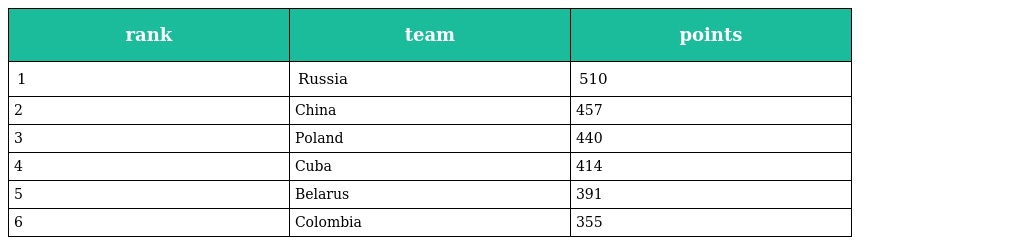
| rank | team | points |
 | --- | --- | --- |
 | 1 | Russia | 510 |
 | 2 | China | 457 |
 | 3 | Poland | 440 |
 | 4 | Cuba | 414 |
 | 5 | Belarus | 391 |
 | 6 | Colombia | 355 |